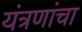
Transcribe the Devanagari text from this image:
यंत्रणांचा